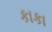
કાકા